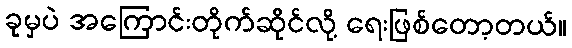
ခုမှပဲ အကြောင်းတိုက်ဆိုင်လို့ ရေးဖြစ်တော့တယ်။